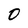
Character: 0